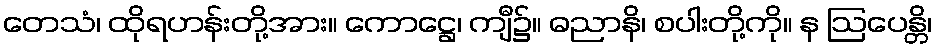
တေသံ၊ ထိုရဟန်းတို့အား။ ကောဋ္ဌေ၊ ကျီ၌။ ဓညာနိ၊ စပါးတို့ကို။ န ဩပေန္တိ၊